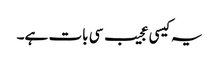
یہ کیسی عجیب سی بات ہے۔